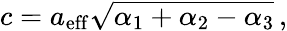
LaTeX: c=a_{\mathrm{eff}}\sqrt{\alpha_{\mathrm{1}}+\alpha_{\mathrm{2}}-\alpha_{\mathrm{3}}}\, ,